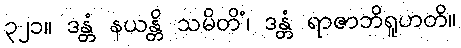
၃၂၁။ ဒန္တံ နယန္တိ သမိတိံ၊ ဒန္တံ ရာဇာဘိရူဟတိ။